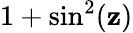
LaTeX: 1+\sin^{2}(\mathbf{z})